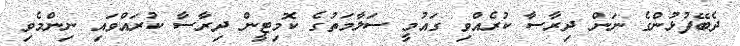
ދެބޭފުޅުންގެ ނަން ދިރާސާ ކުރެއްވި ގައުމީ ސަލާމަތުގެ ކޮމިޓީން ދިރާސާ ކުރައްވައި ނިންމެވި